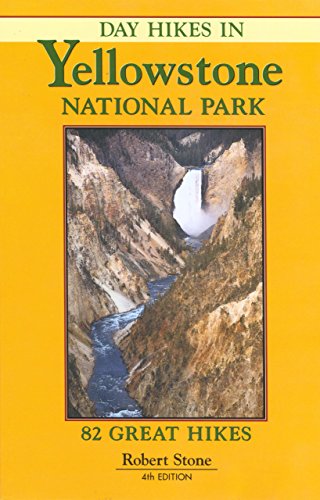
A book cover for Day Hikes in Yellowstone National Park: 82 Great Hikes, 4th Edition; Robert Stone; Travel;